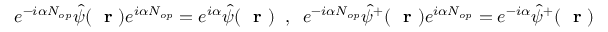
e ^ { - i \alpha N _ { o p } } \hat { \psi } ( \mathrm { ~ \bf ~ r ~ } ) e ^ { i \alpha N _ { o p } } = e ^ { i \alpha } \hat { \psi } ( \mathrm { ~ \bf ~ r ~ } ) \; \; , \; \; e ^ { - i \alpha N _ { o p } } \hat { \psi } ^ { + } ( \mathrm { ~ \bf ~ r ~ } ) e ^ { i \alpha N _ { o p } } = e ^ { - i \alpha } \hat { \psi } ^ { + } ( \mathrm { ~ \bf ~ r ~ } )